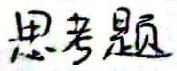
思考题